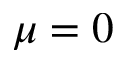
\mu = 0